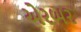
એરબર